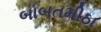
બાબતમીઠા